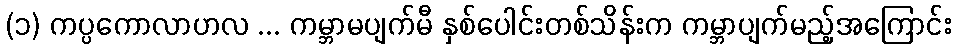
(၁) ကပ္ပကောလာဟလ ... ကမ္ဘာမပျက်မီ နှစ်ပေါင်းတစ်သိန်းက ကမ္ဘာပျက်မည့်အကြောင်း